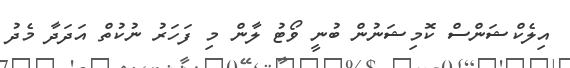
އިލެކްޝަންސް ކޮމިޝަނުން ބުނީ ވޯޓު ލާން މި ފަހަރު ނުކުތް އަދަދާ މެދު